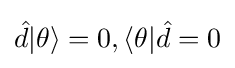
{\hat {d}}|\theta \rangle =0,\langle \theta |{\hat {d}}=0